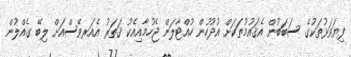
ފިޔަވަޅުތަކުގެ ސަބަބުން އެޤައުމުތަކަށް އުދުހުން ހުއްޓާލަން ޖެހުމާއިއެކު ޤަތަރު އެއަރވޭސްއަށް ލިބޭ ގެއްލުން